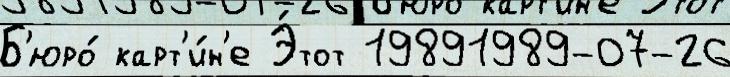
Б'юро́ карт'и́н'е Э́тот 19891989-07-26